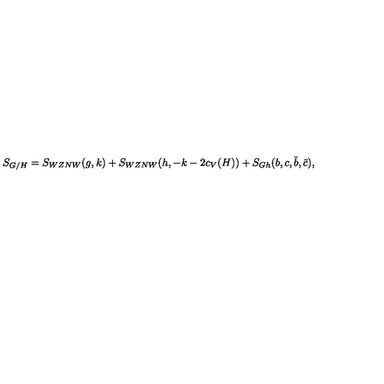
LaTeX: S _ { G / H } = S _ { W Z N W } ( g , k ) + S _ { W Z N W } ( h , - k - 2 c _ { V } ( H ) ) + S _ { G h } ( b , c , \bar { b } , \bar { c } ) ,